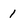
Character: 1